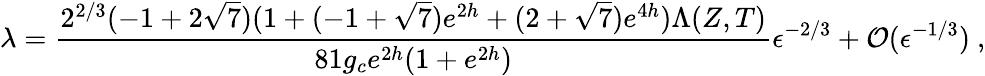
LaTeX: \lambda={\frac{2^{2/3}(-1+2\sqrt{7})(1+(-1+\sqrt{7})e^{2h}+(2+\sqrt{7})e^{4h})\Lambda(Z,T)}{81g_{c}e^{2h}(1+e^{2h})}}\epsilon^{-2/3}+{\cal O}(\epsilon^{-1/3})\ ,